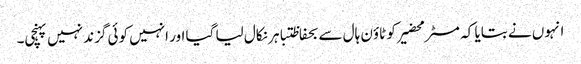
انہوں نے بتایا کہ مسٹر محضیرکو ٹاؤن ہال سے بحفاظتباہر نکال لیا گیا اور انہیں کوئی گزند نہیں پہنچی۔